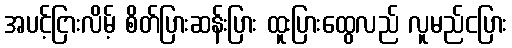
အပင့်ငြားလိမ့် စိတ်ပြားဆန်းပြား ထူးပြားထွေလည် လူမည်ငပြား